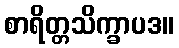
စာရိတ္တသိက္ခာပဒ။